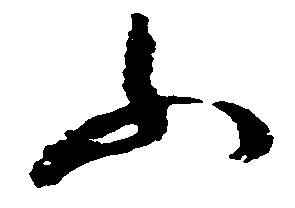
ふ